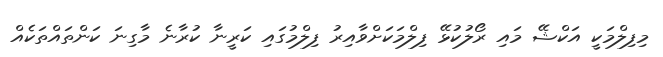
މިފިލްމަކީ އަކްޝޭ މައި ރޯލުކުޅޭ ފިލްމަކަށްވާއިރު ފިލްމުގައި ކަރީނާ ކުރާނެ މާގިނަ ކަންތައްތަކެއް